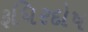
રૂધિરદોષ